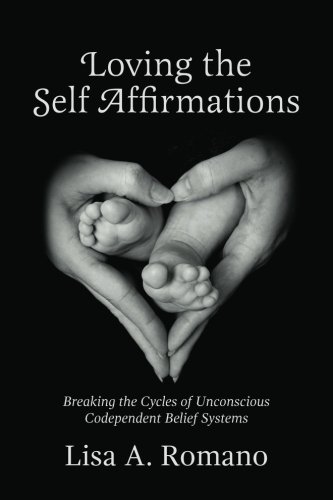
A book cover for Loving The Self Affirmations: Breaking The Cycles of Codependent Unconscious Belief Systems; Lisa A. Romano; Self-Help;